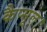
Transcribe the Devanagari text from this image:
कैप्सूल।